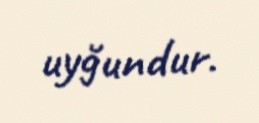
uyğundur.